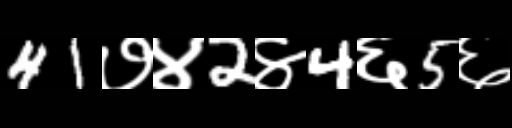
Text: 41७४2४4६5६